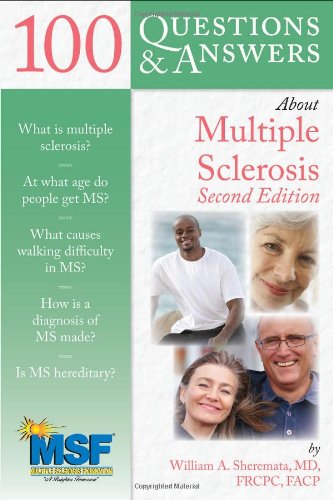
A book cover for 100 Questions  &  Answers About Multiple Sclerosis; William A. Sheremata; Health, Fitness & Dieting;